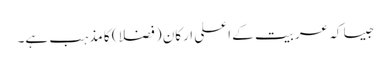
جیسا کہ عربیت کے اعلی ارکان (فضلا) کا مذہب ہے۔